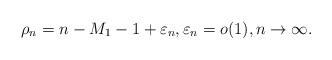
LaTeX: \begin{align*} \rho_n = n - M_1 - 1 + \varepsilon_n, \varepsilon_n = o(1), n \to \infty.\end{align*}